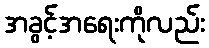
အခွင့်အရေးကိုလည်း